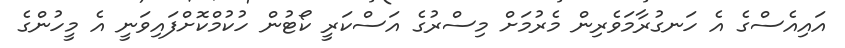
އައިއެސްގެ އެ ހަނގުރާމަވެރިން މެރުމަށް މިސްރުގެ އަސްކަރީ ކޯޓުން ހުކުމްކޮށްފައިވަނީ އެ މީހުންގެ